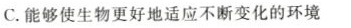
C.能够使生物更好地适应不断变化的环境